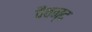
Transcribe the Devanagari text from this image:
पैवन्द